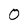
Character: 0